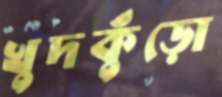
খুদকুঁড়ো